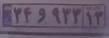
۳۴و۹۳۳۱۳